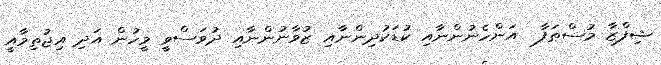
ޝިފްޒާ މުސްޠަފާ  އަންހެނުންނާއި ކުޑަކުދިންނާއި ޒުވާނުންނާއި ދުވަސްވީ މީހުން އަދި އިޖުތިމާއީ